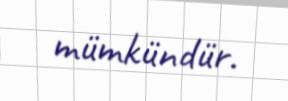
mümkündür.